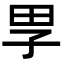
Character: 𡥔